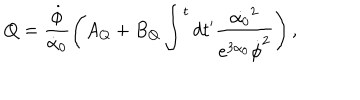
Q = \frac { \dot { \phi } } { \dot { \alpha } _ { 0 } } \left( A _ { Q } + B _ { Q } \int ^ { t } d t ^ { \prime } \frac { \dot { \alpha _ { 0 } } ^ { 2 } } { e ^ { 3 \alpha _ { 0 } } \dot { \phi } ^ { 2 } } \right) ,